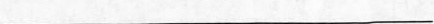
___